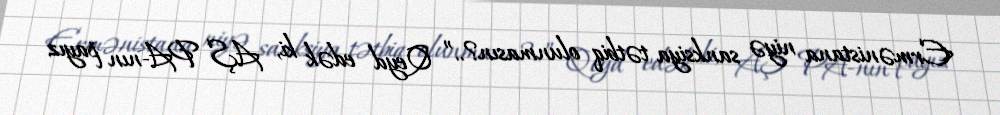
Ermənistana niyə sanksiya tətbiq olunmasın?..” Qeyd edək ki, AŞ PA-nın payız